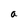
Character: a